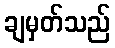
ချမှတ်သည်